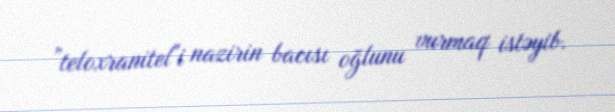
”teloxranitel"i nazirin bacısı oğlunu vurmaq istəyib.